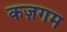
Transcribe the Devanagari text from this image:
कज़गम